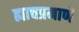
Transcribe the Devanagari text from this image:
ह्याचप्रमाणे